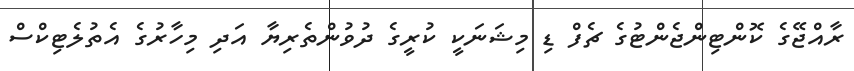
ރާއްޖޭގެ ކޮންޓިންޖެންޓުގެ ޗެފް ޑި މިޝަނަކީ ކުރީގެ ދުުވުންތެރިޔާ އަދި މިހާރުގެ އެތުލެޓިކްސް